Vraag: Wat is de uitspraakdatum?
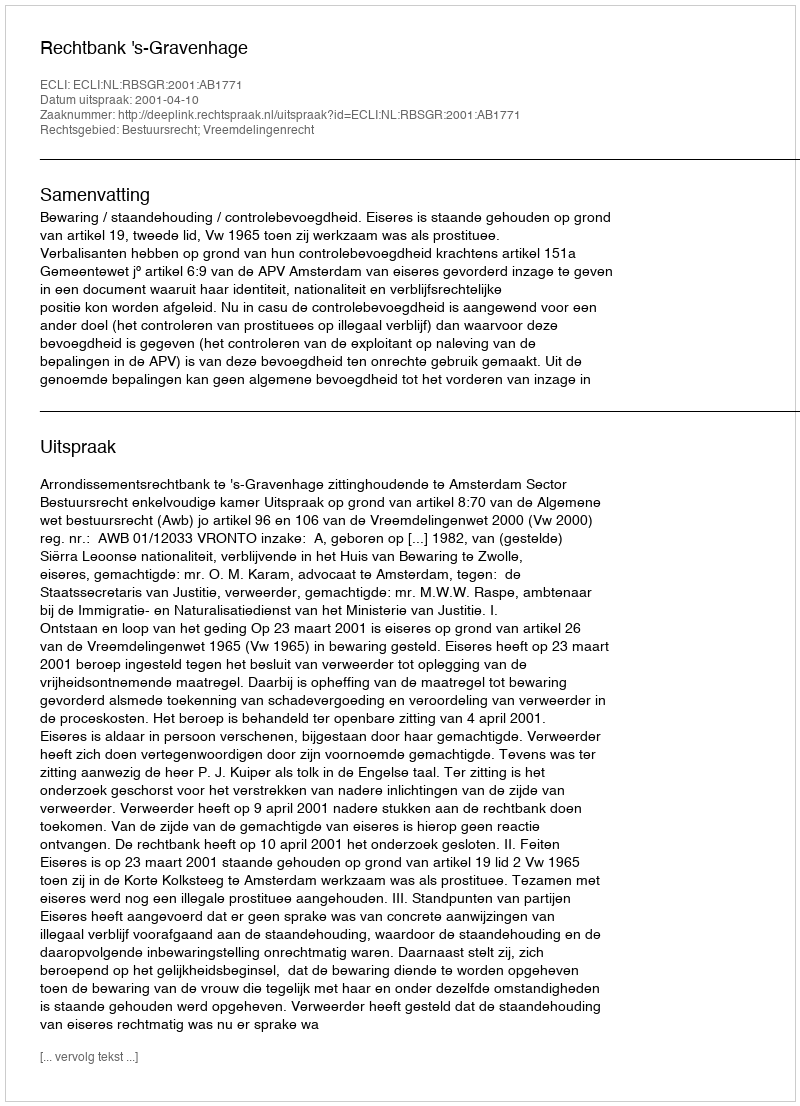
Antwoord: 2001-04-10